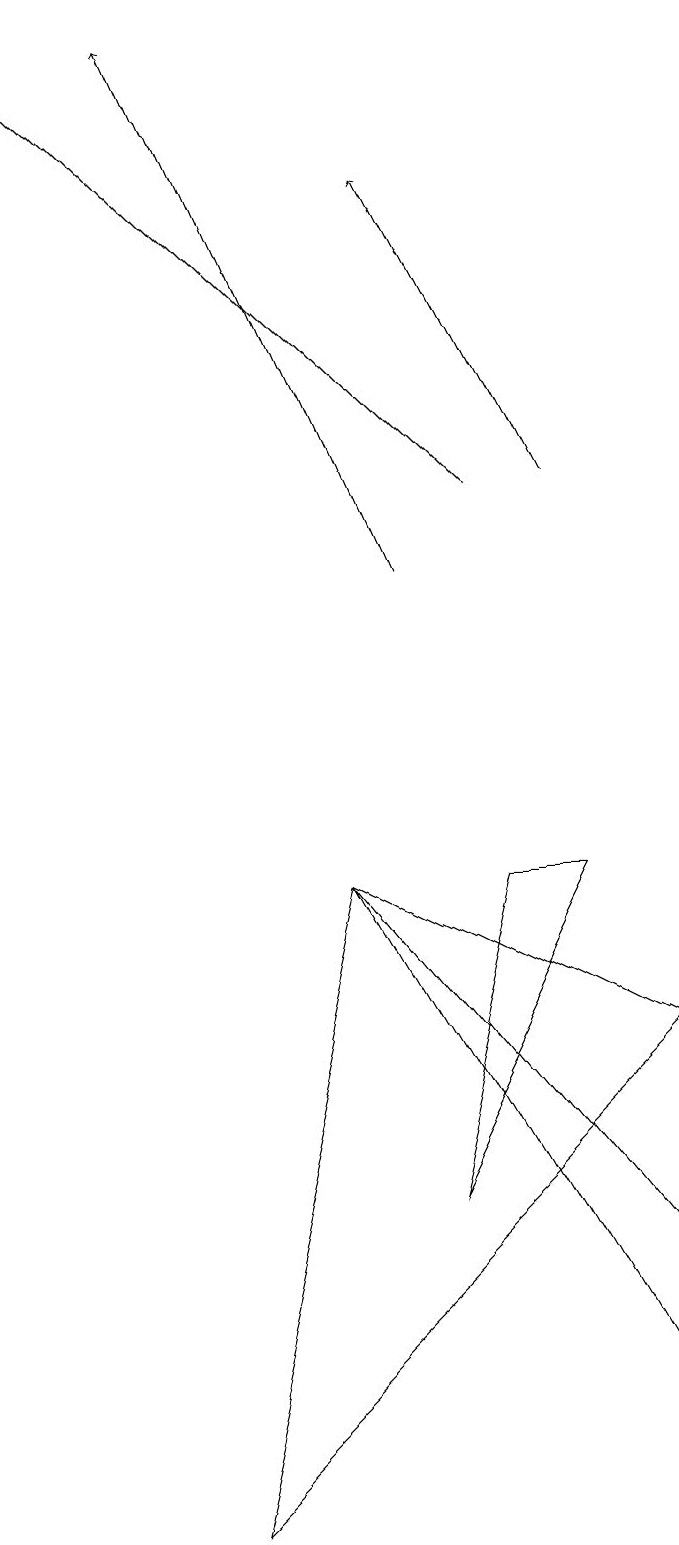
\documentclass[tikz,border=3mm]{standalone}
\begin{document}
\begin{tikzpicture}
\draw[->] (5,12) -- (2,19);
\draw[->] (7,13) -- (5,17);
\draw (8,3) -- (4,8) -- (8,1) -- cycle;
\draw (6,8) -- (5,4) -- (7,8) -- cycle;
\draw (8,6) -- (4,8) -- (2,0) -- cycle;
\draw[->] (6,13) -- (0,19);
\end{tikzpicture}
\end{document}